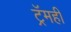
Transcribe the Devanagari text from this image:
ट्रॅमही